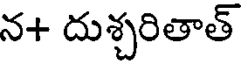
న+ దుశ్చరితాత్